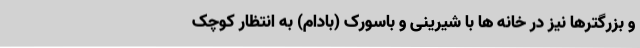
و بزرگترها نیز در خانه ها با شیرینی و باسورک (بادام) به انتظار کوچک